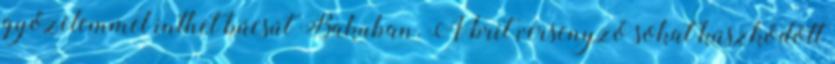
győzelemmel inthet búcsút Bakuban. A brit versenyző sokat küszködött